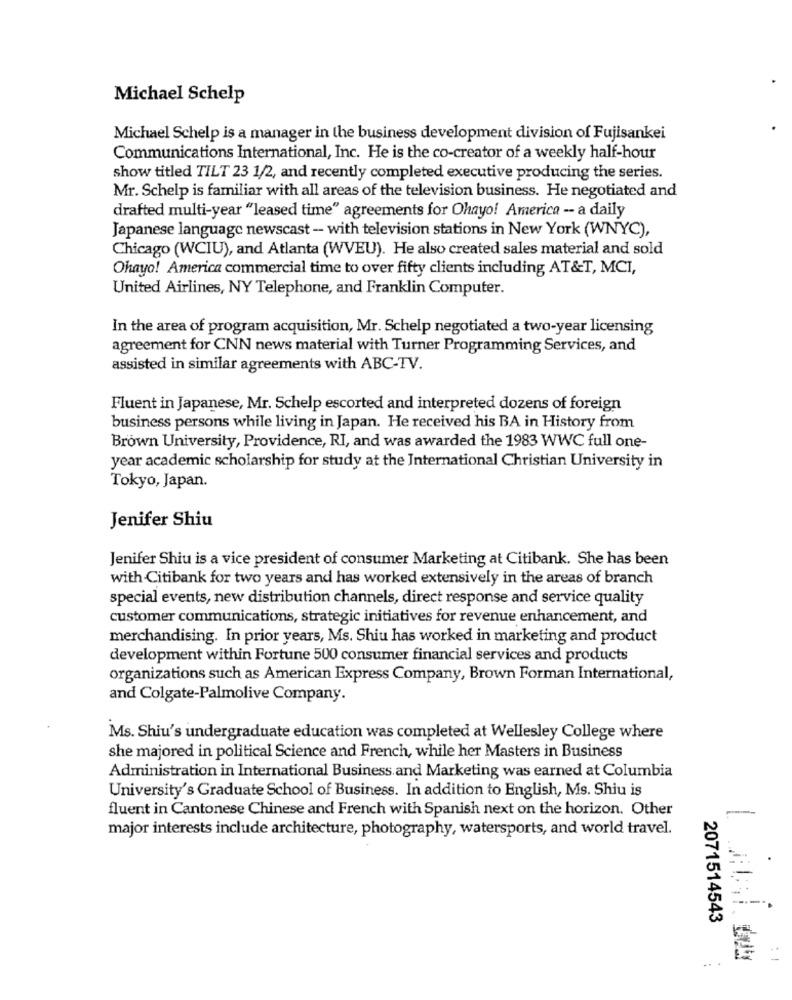
Michael Schelp
Michael Schelp is a manager in the business development division of Fujisankei
Communications International, Inc. He is the co-creator of a weekly half-hour
show titled TILT 23 1/2, and recently completed executive producing the series.
Mr. Schelp is familiar with all areas of the television business. He negotiated and
drafted multi-year "leased time" agreements for Ohayo! America -- a daily
Japanese language newscast - with television stations in New York (WNYC),
Chicago (WCIU), and Atlanta (WVEU). He also created sales material and sold
Ohayo! America commercial time to over fifty clients including AT&T, MCI,
United Airlines, NY Telephone, and Franklin Computer.
In the area of program acquisition, Mr. Schelp negotiated a two-year licensing
agreement for CNN news material with Turner Programming Services, and
assisted in similar agreements with ABC-TV.
Fluent in Japanese, Mr. Schelp escorted and interpreted dozens of foreign
business persons while living in Japan. He received his BA in History from
Brown University, Providence, RI, and was awarded the 1983 WWC full one-
year academic scholarship for study at the International Christian University in
Tokyo, Japan.
Jenifer Shiu
Jenifer Shiu is a vice president of consumer Marketing at Citibank. She has been
with Citibank for two years and has worked extensively in the areas of branch
special events, new distribution channels, direct response and service quality
customer communications, strategic initiatives for revenue enhancement, and
merchandising. In prior years, Ms. Shiu has worked in marketing and product
development within Fortune 500 consumer financial services and products
organizations such as American Express Company, Brown Forman International,
and Colgate-Palmolive Company.
Ms. Shiu's undergraduate education was completed at Wellesley College where
she majored in political Science and French, while her Masters in Business
Administration in International Business and Marketing was earned at Columbia
University's Graduate School of Business. In addition to English, Ms. Shiu is
fluent in Cantonese Chinese and French with Spanish next on the horizon. Other
major interests include architecture, photography, watersports, and world travel.
2071514543
..